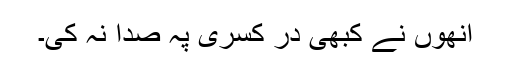
انھوں نے کبھی در کسریٰ پہ صدا نہ کی۔